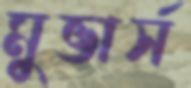
মুভার্স